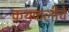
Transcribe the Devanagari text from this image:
कथकलीचे